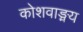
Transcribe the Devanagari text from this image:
कोशवाङ्मय